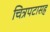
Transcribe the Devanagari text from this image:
चित्रपटासह